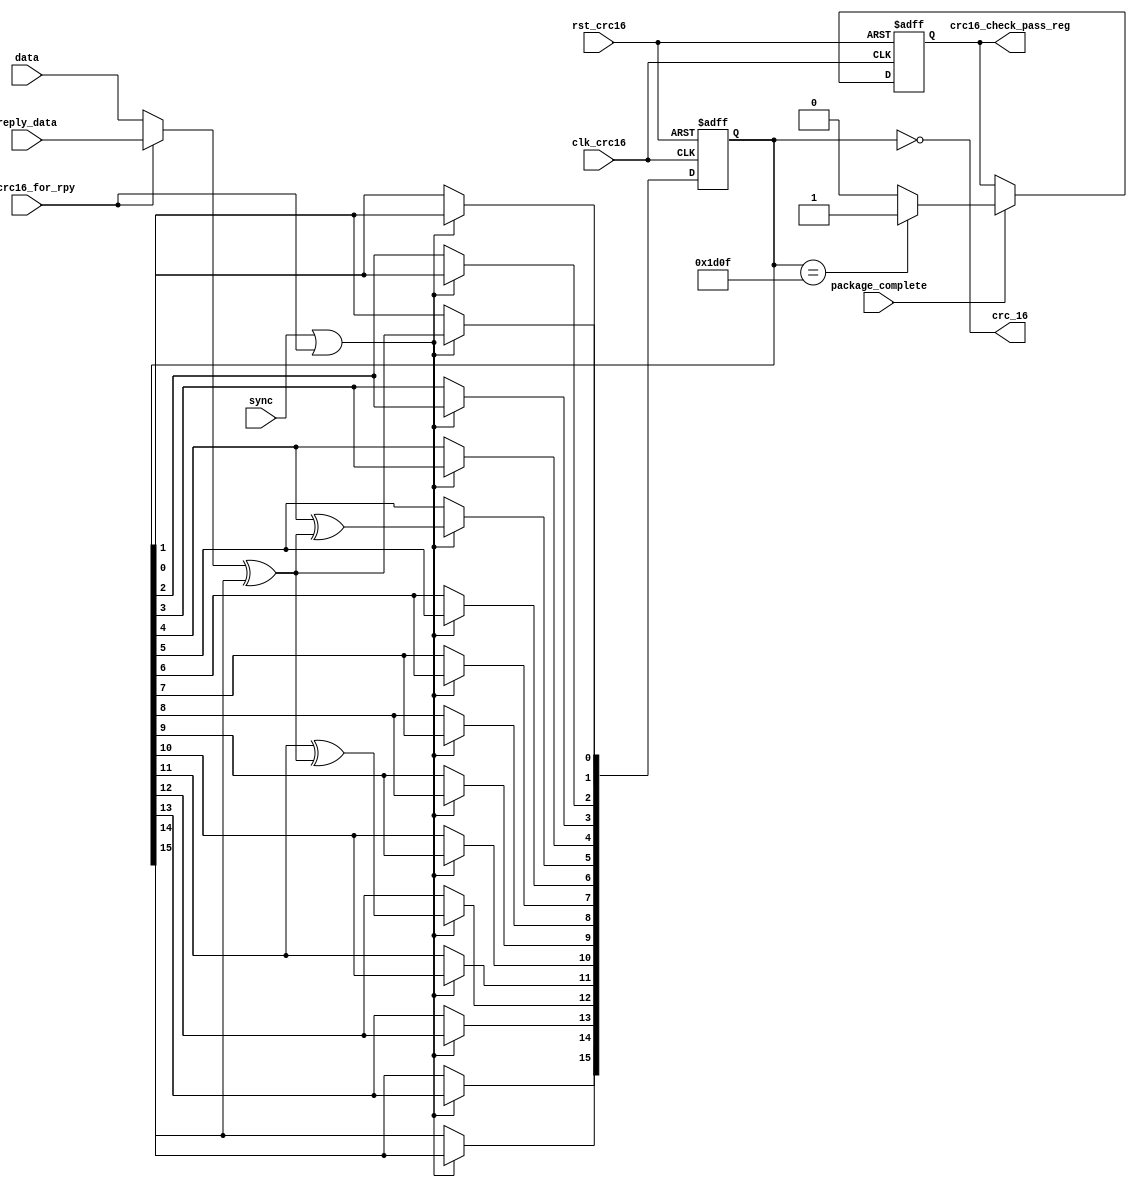
module crc16
(
output reg crc16_check_pass_reg,
output [15:0]crc_16,
input clk_crc16,
input rst_crc16,
input data,
input reply_data,
input sync,
input package_complete,
input en_crc16_for_rpy
);


wire d_in;

reg crc16_check_pass;
reg [15:0]reg_crc;


assign d_in = en_crc16_for_rpy? reply_data : data;

assign crc_16 = ~reg_crc;


always@(*) begin
	if(reg_crc == 16'h1d0f) crc16_check_pass = 1'b1;
	else crc16_check_pass = 1'b0;
end


always@(posedge clk_crc16 or negedge rst_crc16) begin
	if(~rst_crc16) crc16_check_pass_reg <= 1'b0;
	else if(package_complete) crc16_check_pass_reg <= crc16_check_pass;
end


always@(posedge clk_crc16 or negedge rst_crc16) begin
	if(~rst_crc16) reg_crc <= 16'hffff;
	else if(sync | en_crc16_for_rpy) begin
		reg_crc[15] <= reg_crc[14];
		reg_crc[14] <= reg_crc[13];
		reg_crc[13] <= reg_crc[12];
		reg_crc[12] <= reg_crc[11] ^ (d_in ^ reg_crc[15]);
		reg_crc[11] <= reg_crc[10];
		reg_crc[10] <= reg_crc[9];
		reg_crc[9] <= reg_crc[8];
		reg_crc[8] <= reg_crc[7];
		reg_crc[7] <= reg_crc[6];
		reg_crc[6] <= reg_crc[5];
		reg_crc[5] <= reg_crc[4] ^ (d_in ^ reg_crc[15]);
		reg_crc[4] <= reg_crc[3];
		reg_crc[3] <= reg_crc[2];
		reg_crc[2] <= reg_crc[1];
		reg_crc[1] <= reg_crc[0];
		reg_crc[0] <= d_in ^ reg_crc[15];
	end
end


endmodule